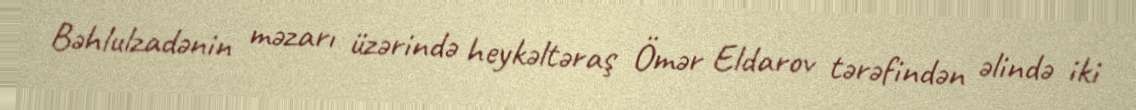
Bəhlulzadənin məzarı üzərində heykəltəraş Ömər Eldarov tərəfindən əlində iki